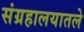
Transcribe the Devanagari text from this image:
संग्रहालयातले